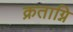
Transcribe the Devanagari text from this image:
क्रताग्नि